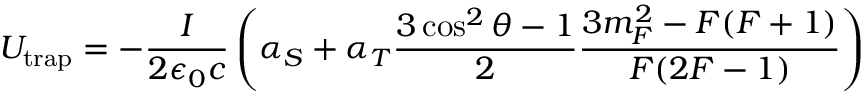
U _ { \mathrm { t r a p } } = - \frac { I } { 2 \epsilon _ { 0 } c } \left( \alpha _ { S } + \alpha _ { T } \frac { 3 \cos ^ { 2 } \theta - 1 } { 2 } \frac { 3 m _ { F } ^ { 2 } - F ( F + 1 ) } { F ( 2 F - 1 ) } \right)